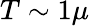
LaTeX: T\sim 1\mu